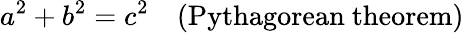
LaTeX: \displaystyle a^{2}+b^{2}=c^{2}\quad({\mathrm{Pythagorean~theorem}})